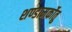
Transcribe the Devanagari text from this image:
शण्डामर्कोतु